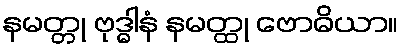
နမတ္တု ဗုဒ္ဓါနံ နမတ္ထု ဗောဓိယာ။